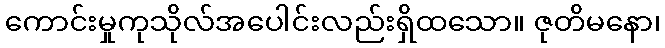
ကောင်းမှုကုသိုလ်အပေါင်းလည်းရှိထသော။ ဇုတိမနော၊